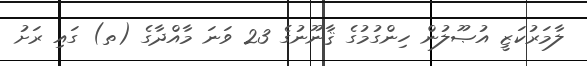
ލާމަރުކަޒީ އުޞޫލުން ހިންގުމުގެ ޤާނޫނުގެ 23 ވަނަ މާއްދާގެ (ތ) ގައި ރަށު